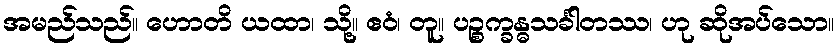
အမည်သည်။ ဟောတိ ယထာ၊ သို့။ ဧဝံ၊ တူ။ ပဉ္စက္ခန္ဓသင်္ခါတဿ၊ ဟု ဆိုအပ်သော။